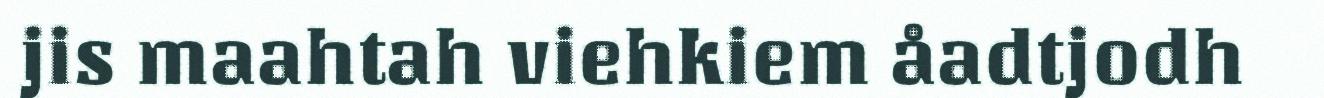
jis maahtah viehkiem åadtjodh